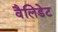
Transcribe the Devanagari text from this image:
वैलिडेट